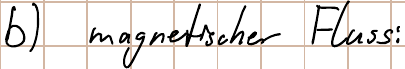
b) magnetischer Fluss: